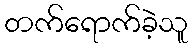
တက်ရောက်ခဲ့သူ